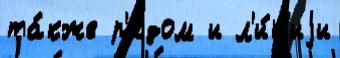
та́кже р'я́дом и л'и́н'иjи